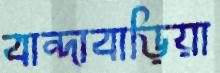
বান্দাবাড়িয়া